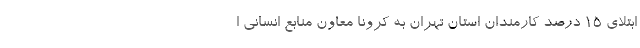
ابتلای ۱۵ درصد کارمندان استان تهران به کرونا معاون منابع انسانی ا